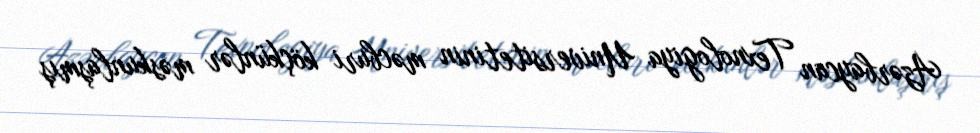
Azərbaycan Texnologiya Universitetinin məcburi köçkünlər məskunlaşmış